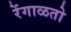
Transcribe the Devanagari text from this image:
रेंगाळतो